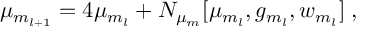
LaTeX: \mu _ { m _ { l + 1 } } = 4 \mu _ { m _ { l } } + N _ { \mu _ { m } } [ \mu _ { m _ { l } } , g _ { m _ { l } } , w _ { m _ { l } } ] \; ,